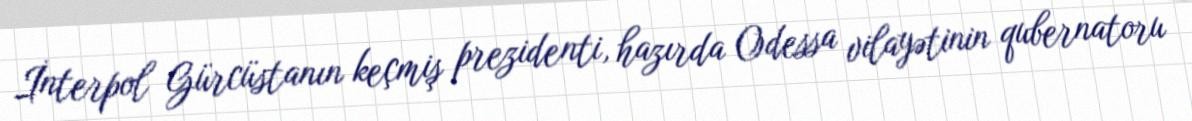
İnterpol Gürcüstanın keçmiş prezidenti, hazırda Odessa vilayətinin qubernatoru